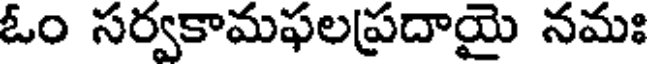
ఓం సర్వకామఫలప్రదాయై నమః